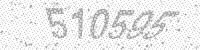
Solution: 510595